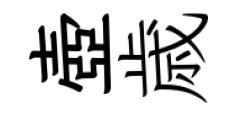
壺歳